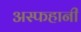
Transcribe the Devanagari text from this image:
अस्फहानी